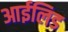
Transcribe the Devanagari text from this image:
आईलिड